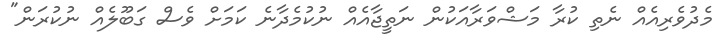
މެދުވެރިއެއް ނެތި ކުރާ މަޝްވަރާއަކުން ނަތީޖާއެއް ނުކުމެދާނެ ކަމަށް ވެސް ގަބޫލެއް ނުކުރަން"